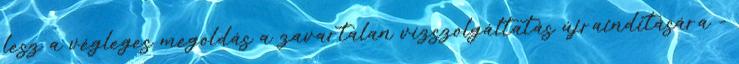
lesz a végleges megoldás a zavartalan vízszolgáltatás újraindítására -